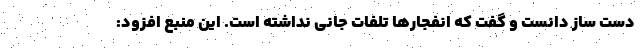
دست ساز دانست و گفت که انفجارها تلفات جانی نداشته است. این منبع افزود: